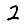
Digit: 2